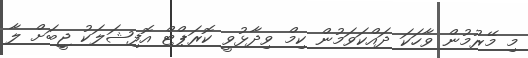
މި މޭރުމުން ވާހަކަ ދައްކަވަމުން ކިމް ވިދާޅުވީ ކޮރަޕްޓް އޮފިޝަލަކު ޖީބަށް ލާ